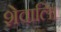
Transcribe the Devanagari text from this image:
शेवालि।